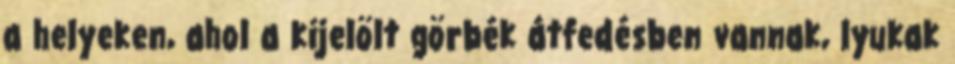
a helyeken, ahol a kijelölt görbék átfedésben vannak, lyukak